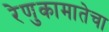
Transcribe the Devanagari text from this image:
रेणुकामातेचा